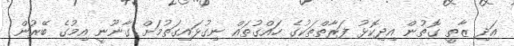
އަދި ޒާތީ ގޮތުން އިދިކޮޅު ފަރާތްތަކުގެ ހައްގުތައް ނިގުޅައިގަތުމަށް ގާނޫނީ އިމުގެ ބޭރުން